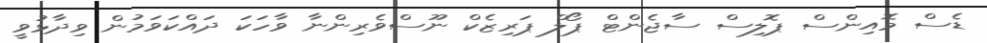
ޑެސް މޮއިންސް ޕޮލިސް ސާޖެންޓް ޕޯލް ޕަރިޒެކް ނޫސްވެރިންނާ ވާހަކަ ދައްކަވަމުން ވިދާޅުވީ